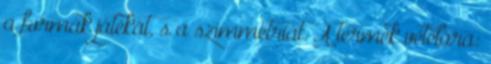
a formák játékát, s a szimmetriát. A termék vételára: